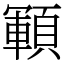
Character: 顐